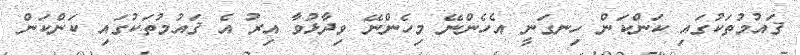
ޤައުމުތަކުގައި ކަންކަން ހިނގަނީ އެހެންނޭ މިހެންނޭ ވިދާޅުވާ އިރު އެ ޤައުމުތަކުގައި ކަންކަން